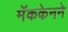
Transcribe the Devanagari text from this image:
मॅककेनने